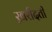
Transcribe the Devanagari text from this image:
ख़रीदती